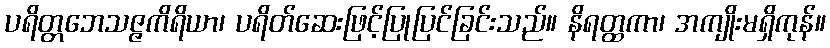
ပရိတ္တဘေသဇ္ဇကိရိယာ၊ ပရိတ်ဆေးဖြင့်ပြုပြင်ခြင်းသည်။ နိရတ္ထကာ၊ အကျိုးမရှိကုန်။